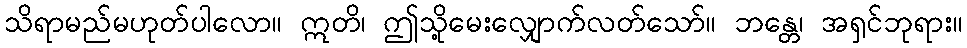
သိရာမည်မဟုတ်ပါလော။ ဣတိ၊ ဤသို့မေးလျှောက်လတ်သော်။ ဘန္တေ၊ အရှင်ဘုရား။